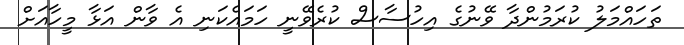
ތަހައްމަލު ކުރަމުންދާ ވޭނުގެ އިހުސާސް ކުރެވޭނީ ހަމައެކަނި އެ ވާން އަޅާ މީހާއަށް